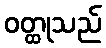
ဝတ္ထုသည်